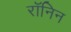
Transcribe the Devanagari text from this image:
रॉनिन